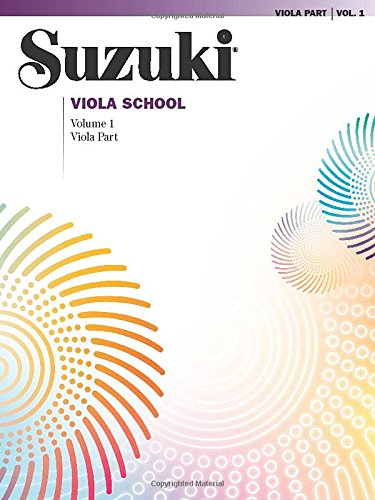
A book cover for Suzuki Viola School, Volume 1: Viola Part; Alfred Publishing Staff; Arts & Photography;